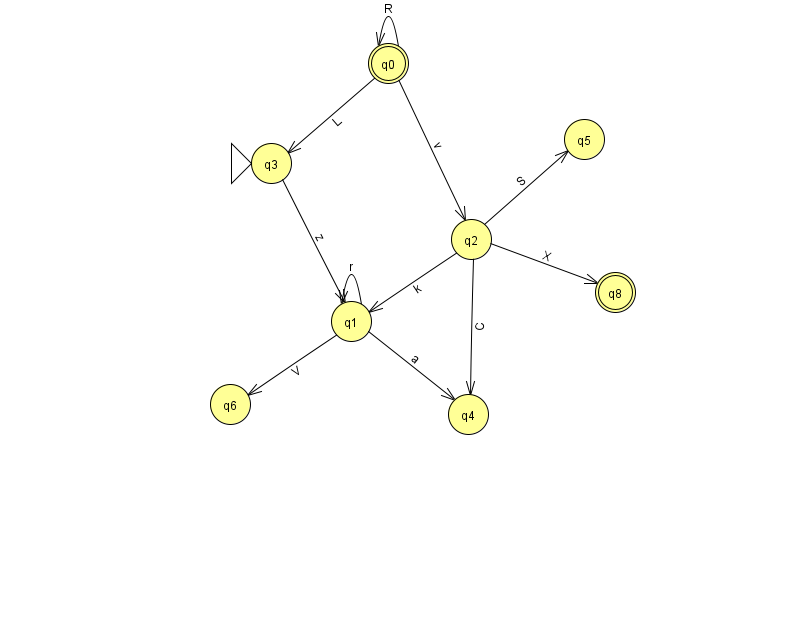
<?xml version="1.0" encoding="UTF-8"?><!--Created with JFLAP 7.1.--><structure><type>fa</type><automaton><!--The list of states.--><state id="0" name="q0"><x>388.0</x><y>50.0</y><final/></state><state id="1" name="q1"><x>351.0</x><y>308.0</y></state><state id="2" name="q2"><x>471.0</x><y>226.0</y></state><state id="3" name="q3"><x>271.0</x><y>150.0</y><initial/></state><state id="4" name="q4"><x>468.0</x><y>401.0</y></state><state id="5" name="q5"><x>584.0</x><y>126.0</y></state><state id="6" name="q6"><x>230.0</x><y>391.0</y></state><state id="8" name="q8"><x>615.0</x><y>279.0</y><final/></state><!--The list of transitions.--><transition><from>2</from><to>1</to><read>k</read></transition><transition><from>1</from><to>6</to><read>V</read></transition><transition><from>0</from><to>0</to><read>R</read></transition><transition><from>1</from><to>1</to><read>r</read></transition><transition><from>1</from><to>4</to><read>a</read></transition><transition><from>0</from><to>2</to><read>v</read></transition><transition><from>0</from><to>3</to><read>L</read></transition><transition><from>2</from><to>5</to><read>S</read></transition><transition><from>3</from><to>1</to><read>z</read></transition><transition><from>2</from><to>4</to><read>C</read></transition><transition><from>2</from><to>8</to><read>X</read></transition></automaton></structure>